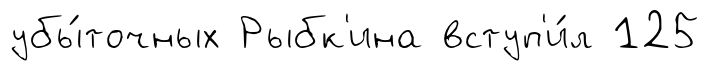
убы́точных Рыбк'ина вступ'и́л 125